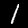
Digit: 1